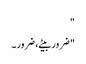
"
"ضرور بیٹے، ضرور۔